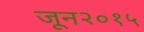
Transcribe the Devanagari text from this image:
जून२०१५